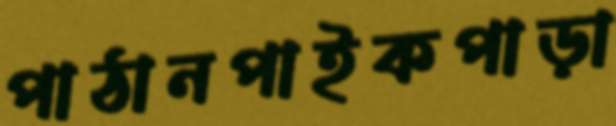
পাঠানপাইকপাড়া